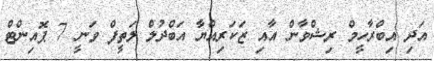
އަދި އިބްރާހީމް ރިޝްވާން އާއި ޒަކަރިއްޔާ އަބްދުލް ލަތީފް ވަނީ 7 ޕޮއިންޓް